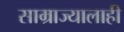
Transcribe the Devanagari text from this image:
साम्राज्यालाही